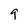
Character: q